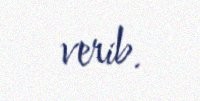
verib.